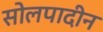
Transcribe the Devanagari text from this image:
सोलपादीन